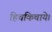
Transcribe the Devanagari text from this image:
हिचकिचाये।